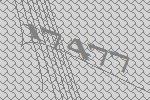
17477